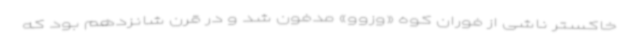
خاکستر ناشی از فوران کوه «وزوو» مدفون شد و در قرن شانزدهم بود که